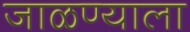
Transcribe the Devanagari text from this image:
जाळण्याला